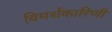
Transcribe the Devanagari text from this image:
विमर्शकारिणी